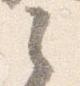
之